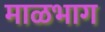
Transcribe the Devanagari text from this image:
माळभाग